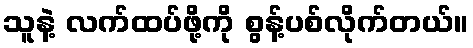
သူနဲ့ လက်ထပ်ဖို့ကို စွန့်ပစ်လိုက်တယ်။